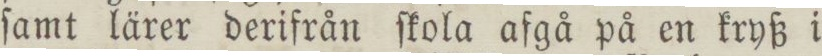
ſamt lärer derifrån ſkola afgå på en kryß i